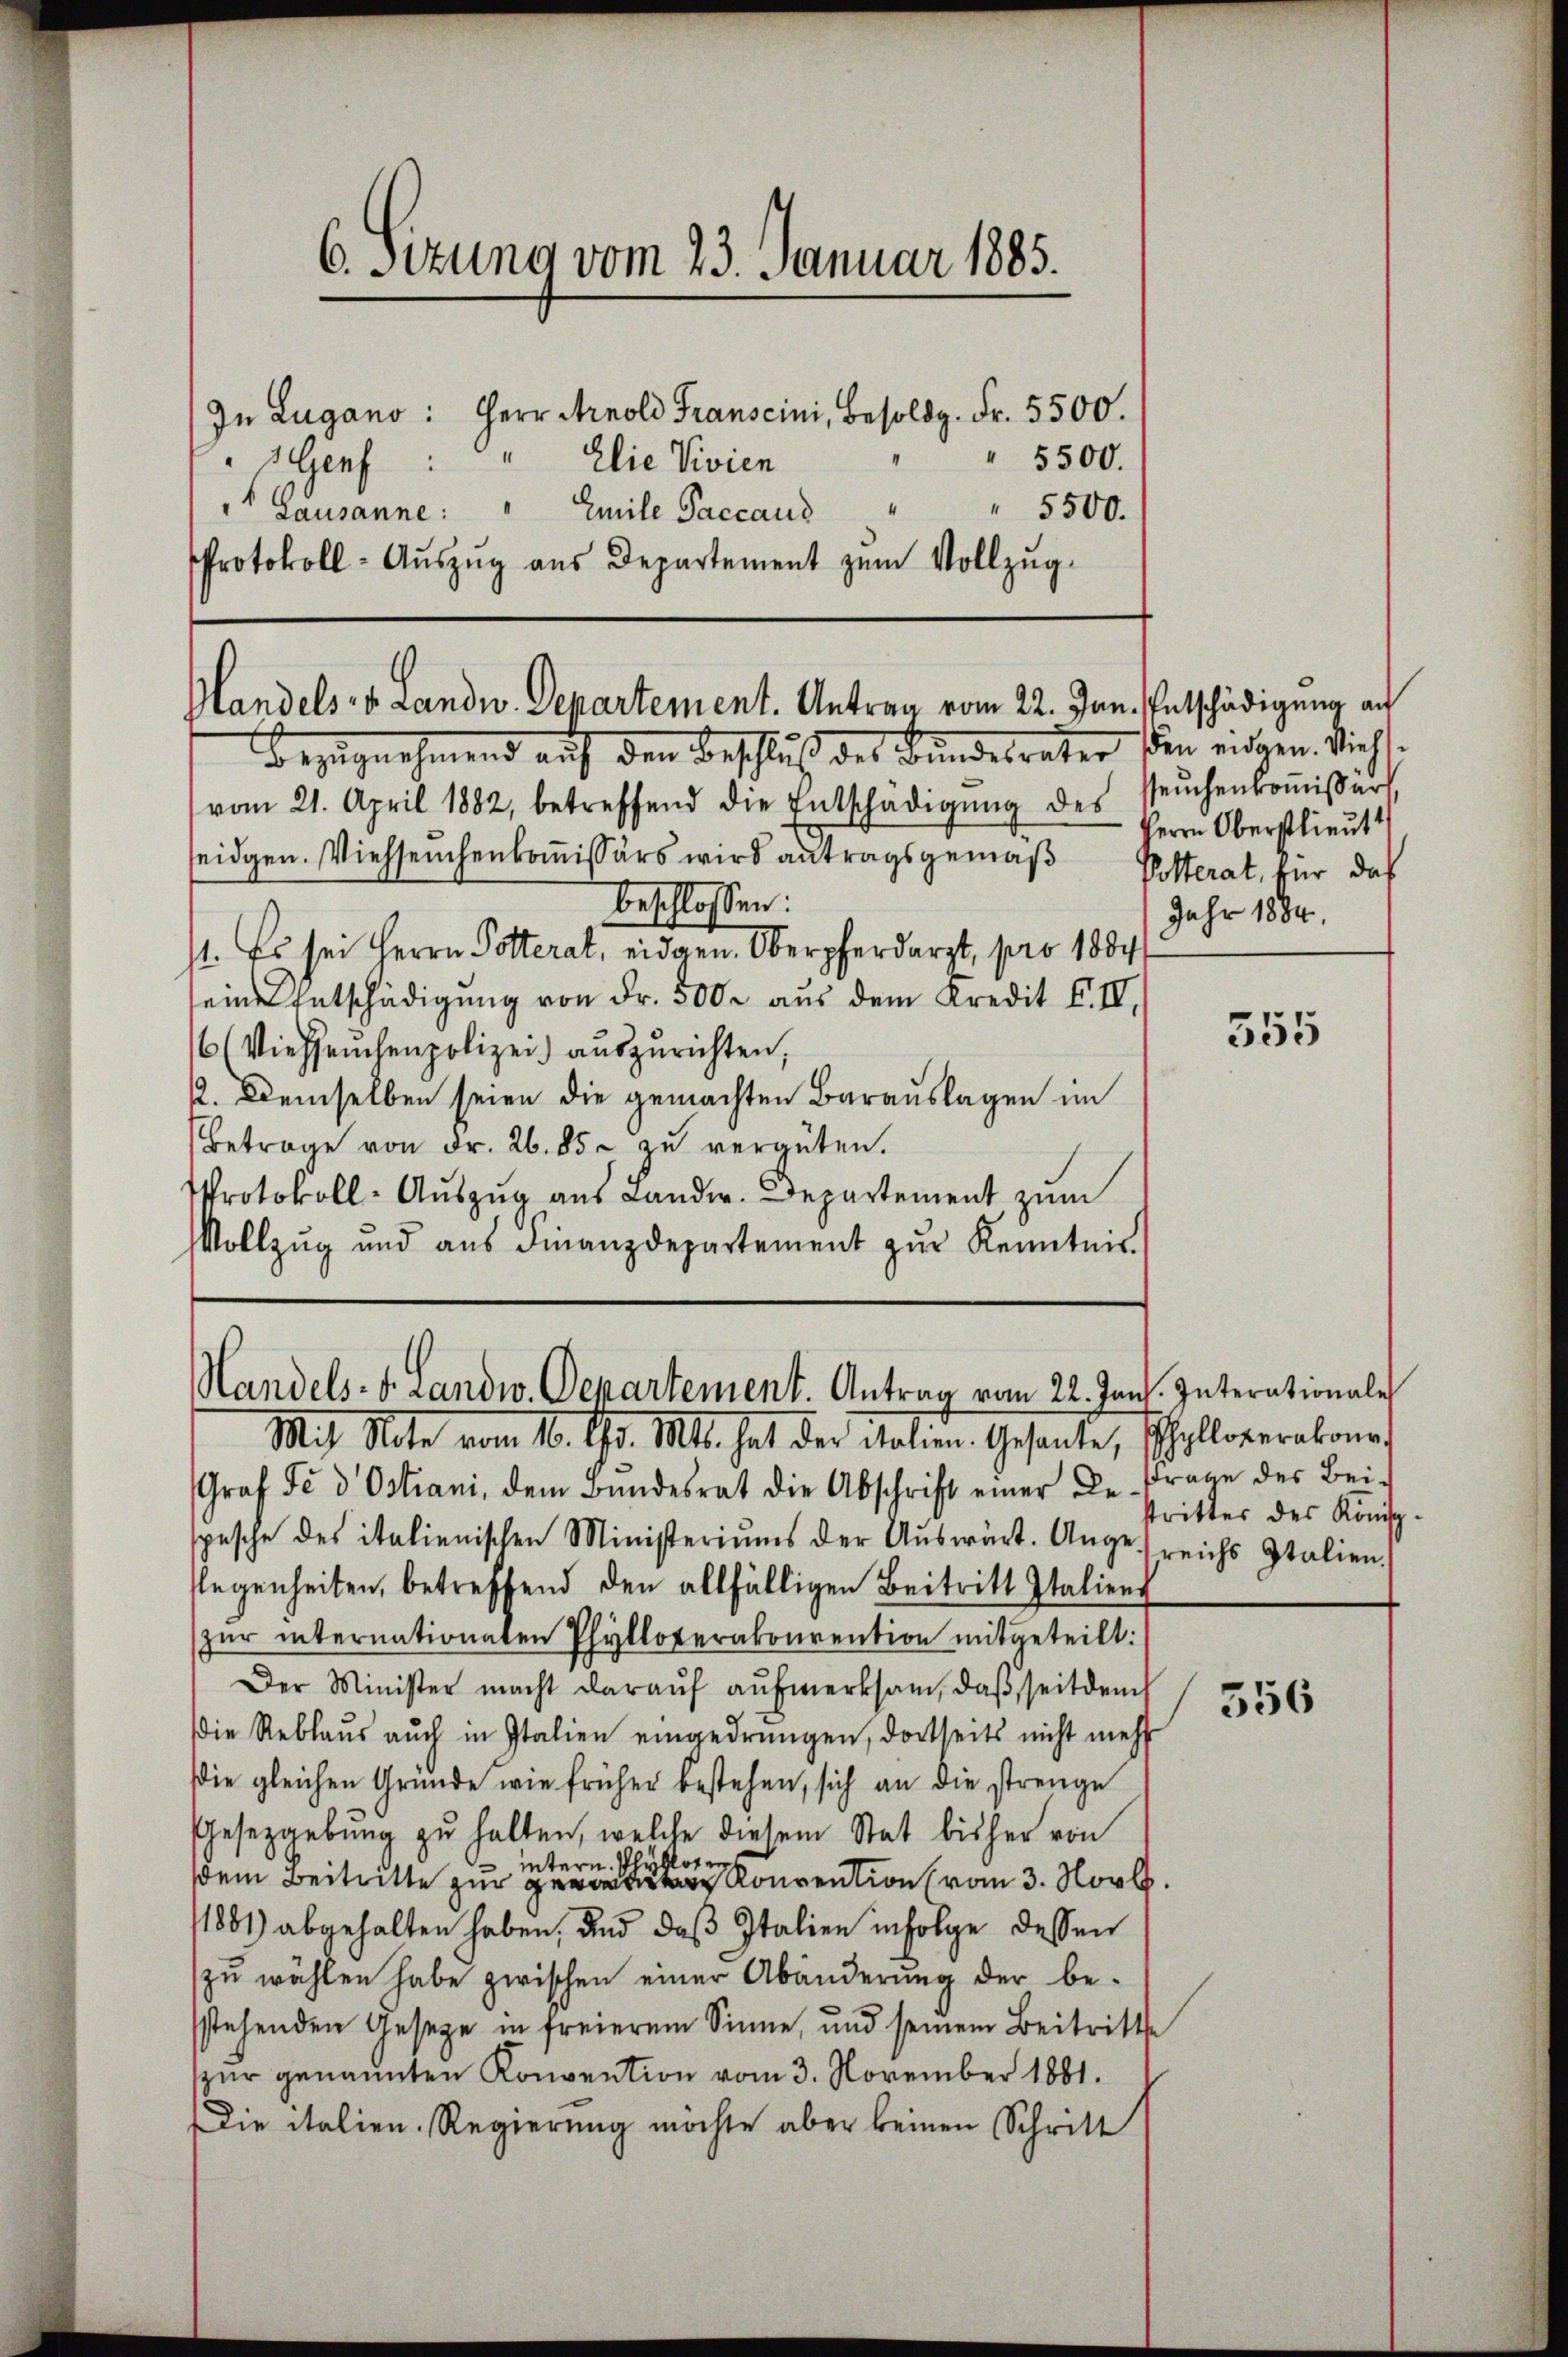
6. Sizung vom 23. Januar 1885.
In Lugano: Herr Arnold Franscini, Besoldg. Fr. 5500.
5500.
Genf : " Elie Vivien
4
5500.
 Lausanne: " Emile Paccaus
Protokoll- Aŭszŭg aŭs Departement zŭm Vollzŭg-

Handels v. Landw. Departement. Antrag vom 22. Jun. Entschädigung an
bezugnahmend auf den Beschluß des Bundesrater den eidgen. Siech¬

vom 21. April 1882, betreffend die Entschädigŭng des
seidgen. Viehseuchenkommissärs wird antragsgemäß
beschlossen:
/1. Es sei Herrn Potterat, eidgen. Oberpferdarzt, pro 1884
seine Entschädigung von Fr. 500 aus dem Kredit F. III.
6 (Viehseuchenpolizei auszurichten,
2. Demselben seien die gemachten Barauslagen im
Betrage von Fr. 26. 85. zŭ vergüten.
Protokoll- Aŭszŭg aŭs Lander. Departement, zum
Vollzŭg und aŭs Finanzdepartement zŭr Kenntnis.
Handels- u. Landw. Departement. Antrag vom 22. Jan. Interationale
Mit Note vom 10. Gs. Mts. hat der Salien. Gesante, Polloverabona
Graf Fe d Ostiani, dem Bundesrat die Abschrift einer Be-
spesche des italienischen Ministeriums der Aŭswärt. Angereichs Italien.
flegenheiten, betreffend den allfälligen Beitritt Italiens
zŭr internationaten Pfylloterakonrention mitgeteilt:

Der Minister macht daraŭf aŭfmerksam, daβ seitdem
Die Reblaus auch in Italien eingedrungen, dortseits nicht mehr
die gleichen Gründe wie früher bestehen, sich an die strenge
Gesetzgebung zŭ halten, welche diesem Stat bisher von
ybloten
intern.
dem Beitritte zur Konvention vom 3. Novb.
1881) abgehalten haben, und daß Italien infolge dessen
zŭ wählen habe zwischen einer Abänderŭng der be-
sstehenden Gesetze in freierem Sinne, und seinem Beitritte
spur genannten Konvention vom 3. November 1881.
Die italien. Regierung möchte aber keinen Schritt

seuchenkommissärt
Herrn Oberstlieut
Pitterat, für das
Jahr 1884.

555

Frage des Bei
strittes des König¬

356